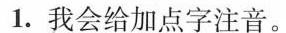
1.我会给加点字注音。